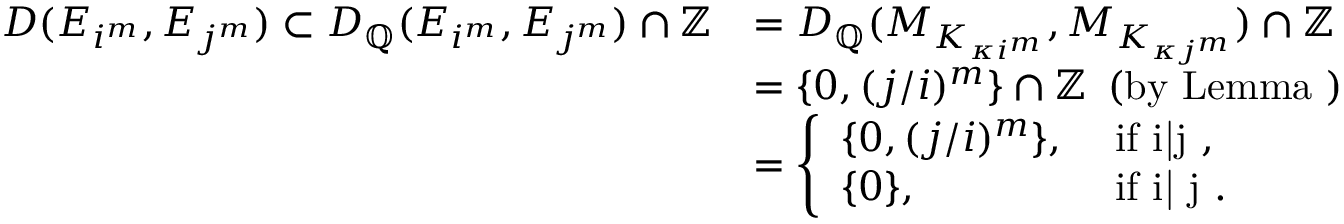
\begin{array} { r l } { D ( E _ { i ^ { m } } , E _ { j ^ { m } } ) \subset D _ { \mathbb { Q } } ( E _ { i ^ { m } } , E _ { j ^ { m } } ) \cap \mathbb { Z } } & { = D _ { \mathbb { Q } } ( M _ { K _ { \kappa i ^ { m } } } , M _ { K _ { \kappa j ^ { m } } } ) \cap \mathbb { Z } } \\ & { = \{ 0 , ( j / i ) ^ { m } \} \cap \mathbb { Z } \, \mathrm { ~ ( b y ~ L e m m a ~ ) } } \\ & { = \left\{ \begin{array} { l l } { \{ 0 , ( j / i ) ^ { m } \} , } & { \mathrm { ~ i f ~ i | j ~ , } } \\ { \{ 0 \} , } & { \mathrm { ~ i f ~ i { \not | } ~ j ~ . } } \end{array} \right. } \end{array}